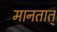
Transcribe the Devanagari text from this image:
मानतात्